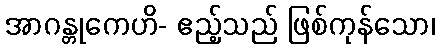
အာဂန္တုကေဟိ- ဧည့်သည် ဖြစ်ကုန်သော၊